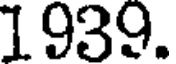
1939.